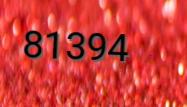
81394